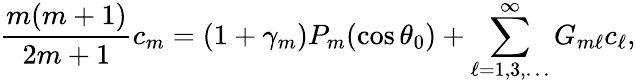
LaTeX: \frac{m(m+1)}{2m+1}c_{m}=(1+\gamma_{m})P_{m}(\cos\theta_{0})+\sum_{\ell=1,3,\ldots}^{\infty}G_{m\ell}c_{\ell},